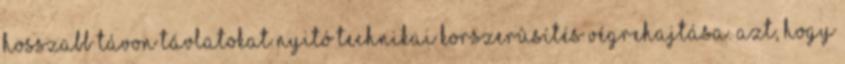
hosszabb távon távlatokat nyitó technikai korszerûsítés végrehajtása. Azt, hogy